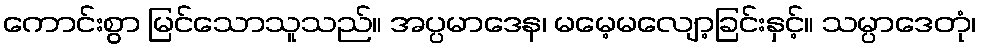
ကောင်းစွာ မြင်သောသူသည်။ အပ္ပမာဒေန၊ မမေ့မလျော့ခြင်းနှင့်။ သမ္ပာဒေတုံ၊